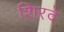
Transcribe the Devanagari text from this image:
शिरदे